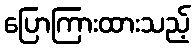
ပြောကြားထားသည့်